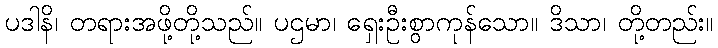
ပဒါနိ၊ တရားအဖို့တို့သည်။ ပဌမာ၊ ရှေးဦးစွာကုန်သော။ ဒိသာ၊ တို့တည်း။